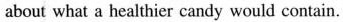
about what a healthier candy would contain.